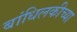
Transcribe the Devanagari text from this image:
बांधिलकीच्या